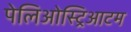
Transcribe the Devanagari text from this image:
पेलिओस्ट्रिआटम